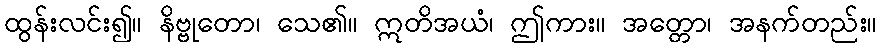
ထွန်းလင်း၍။ နိဗ္ဗုတော၊ သေ၏။ ဣတိအယံ၊ ဤကား။ အတ္တော၊ အနက်တည်း။